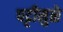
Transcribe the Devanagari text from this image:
पट्टीमुळे